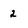
Character: 2